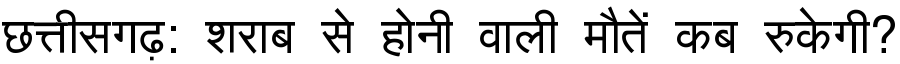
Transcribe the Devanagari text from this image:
छत्तीसगढ़: शराब से होनी वाली मौतें कब रुकेगी?